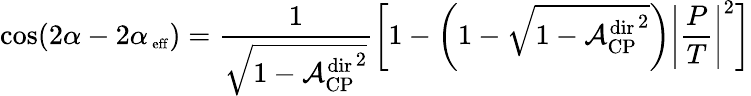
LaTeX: \cos(2\alpha-2\alpha_{\mathrm{\mathrm{\scriptsize~eff}}})=\frac{1}{\sqrt{1-{\mathcal{A}_{\mathrm{CP}}^{\mathrm{dir}}}^{2}}}\left[1-\left(1-\sqrt{1-{\mathcal{A}_{\mathrm{CP}}^{\mathrm{dir}}}^{2}}\right)\left|\frac{P}{T}\right|^{2}\right]